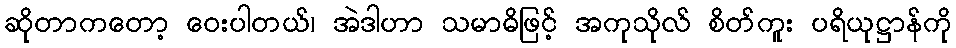
ဆိုတာကတော့ ဝေးပါတယ်၊ အဲဒါဟာ သမာဓိဖြင့် အကုသိုလ် စိတ်ကူး ပရိယုဋ္ဌာန်ကို